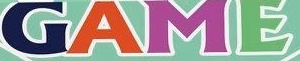
GAME